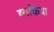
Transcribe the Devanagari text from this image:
व्यक्तिया